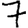
Digit: 7